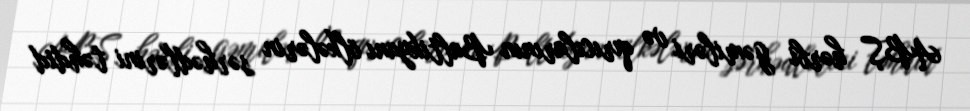
ABŞ hərbi gəmiləri və qırıcılarının Baltikyanı ölkələrin sərhədlərini təhdid